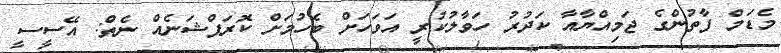
މެޑަމް ފާތުންގެ ޖަމިއްޔާއާ ކަދުރު ހަވާލުކުރީ އަވަހަށް ބެހުމަށް ކޮރަޕްޝަނެއް ނެތް: އޭސީސީ